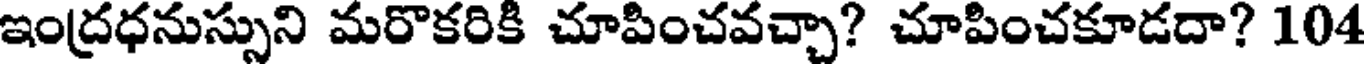
ఇంద్రధనుస్సుని మరొకరికి చూపించవచ్చా? చూపించకూడదా? 104